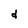
Character: d